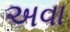
અવા